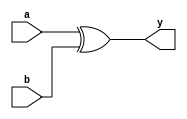
module xup_xor2 #(parameter DELAY = 3)(
    input a,
    input b,
    output y
    );
    
    xor #DELAY (y,a,b);
    
endmodule